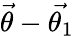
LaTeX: \vec{\theta}-\vec{\theta_{1}}